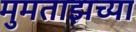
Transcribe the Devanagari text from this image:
मुमताझच्या